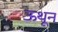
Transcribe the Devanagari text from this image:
ऊथून